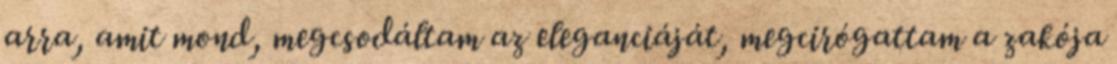
arra, amit mond, megcsodáltam az eleganciáját, megcirógattam a zakója